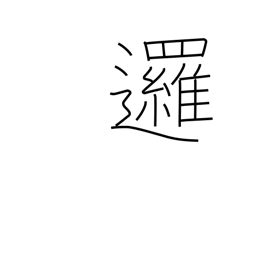
Meaning: go around